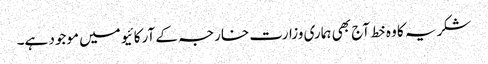
شکریہ کا وہ خط آج بھی ہماری وزارت خارجہ کے آرکائیو میں موجود ہے۔